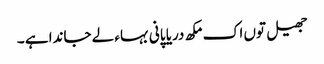
جھیل توں اک مکھ دریا پانی بہاء لے جاندا ہے ۔